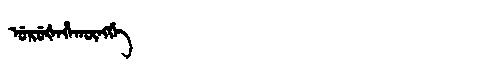
Manchu: ᡠᡵᡠᡧᡝᡥᠠᡴᡡᠩᡤᡝ
Romanization: URUŠEHAKŪNGGE